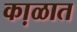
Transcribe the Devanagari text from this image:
का़ळात